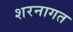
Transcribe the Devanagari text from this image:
शरनागत